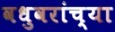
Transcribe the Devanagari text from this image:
वधुवरांच्या